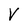
Character: V